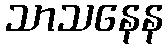
သာသနေန